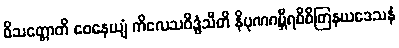
ဝိသတ္တောတိ ဝေနေယျံ ကိလေသဝိဒ္ဓံသီတိ နိပုဏဂမ္ဘီရဝိစိတြနယဒေသနံ